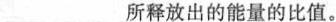
___所释放出的能量的比值。